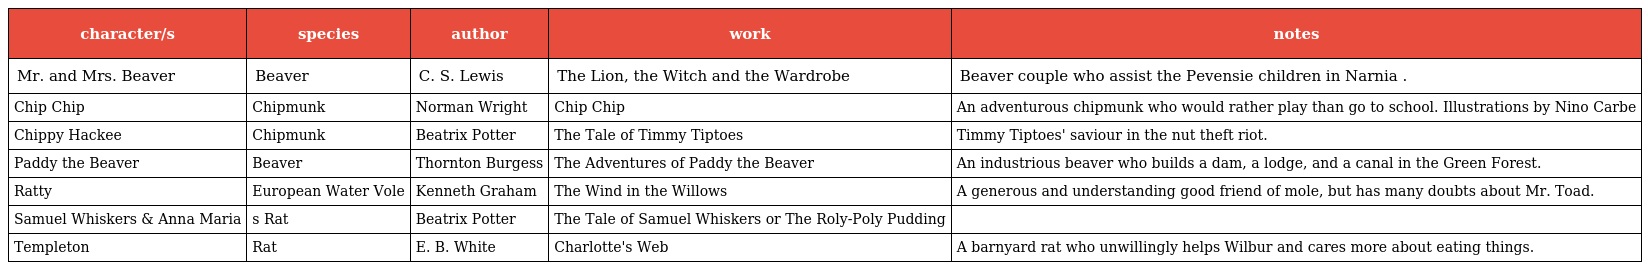
| character/s | species | author | work | notes |
 | --- | --- | --- | --- | --- |
 | Mr. and Mrs. Beaver | Beaver | C. S. Lewis | The Lion, the Witch and the Wardrobe | Beaver couple who assist the Pevensie children in Narnia . |
 | Chip Chip | Chipmunk | Norman Wright | Chip Chip | An adventurous chipmunk who would rather play than go to school. Illustrations by Nino Carbe |
 | Chippy Hackee | Chipmunk | Beatrix Potter | The Tale of Timmy Tiptoes | Timmy Tiptoes' saviour in the nut theft riot. |
 | Paddy the Beaver | Beaver | Thornton Burgess | The Adventures of Paddy the Beaver | An industrious beaver who builds a dam, a lodge, and a canal in the Green Forest. |
 | Ratty | European Water Vole | Kenneth Graham | The Wind in the Willows | A generous and understanding good friend of mole, but has many doubts about Mr. Toad. |
 | Samuel Whiskers & Anna Maria | s Rat | Beatrix Potter | The Tale of Samuel Whiskers or The Roly-Poly Pudding |  |
 | Templeton | Rat | E. B. White | Charlotte's Web | A barnyard rat who unwillingly helps Wilbur and cares more about eating things. |